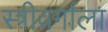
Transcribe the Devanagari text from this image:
स्त्रीवर्गाला